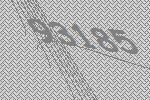
93185